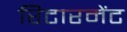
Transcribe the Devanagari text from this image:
रिटारमेंट